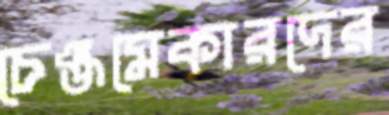
চেঞ্জমেকারদের